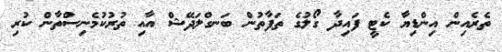
ތެރެއިން އިންޑިޔާ ކެޓީ ފައިދާ ގޯލުގެ ތަފާތުން ބަނގްލަދޭޝް އާއި ތުރުކުމެނިސްތާން ކުރި